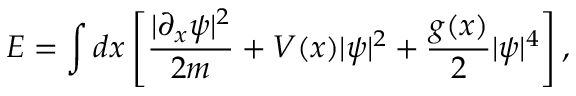
E = \int d x \left[ \frac { | \partial _ { x } \psi | ^ { 2 } } { 2 m } + V ( x ) | \psi | ^ { 2 } + \frac { g ( x ) } { 2 } | \psi | ^ { 4 } \right] ,